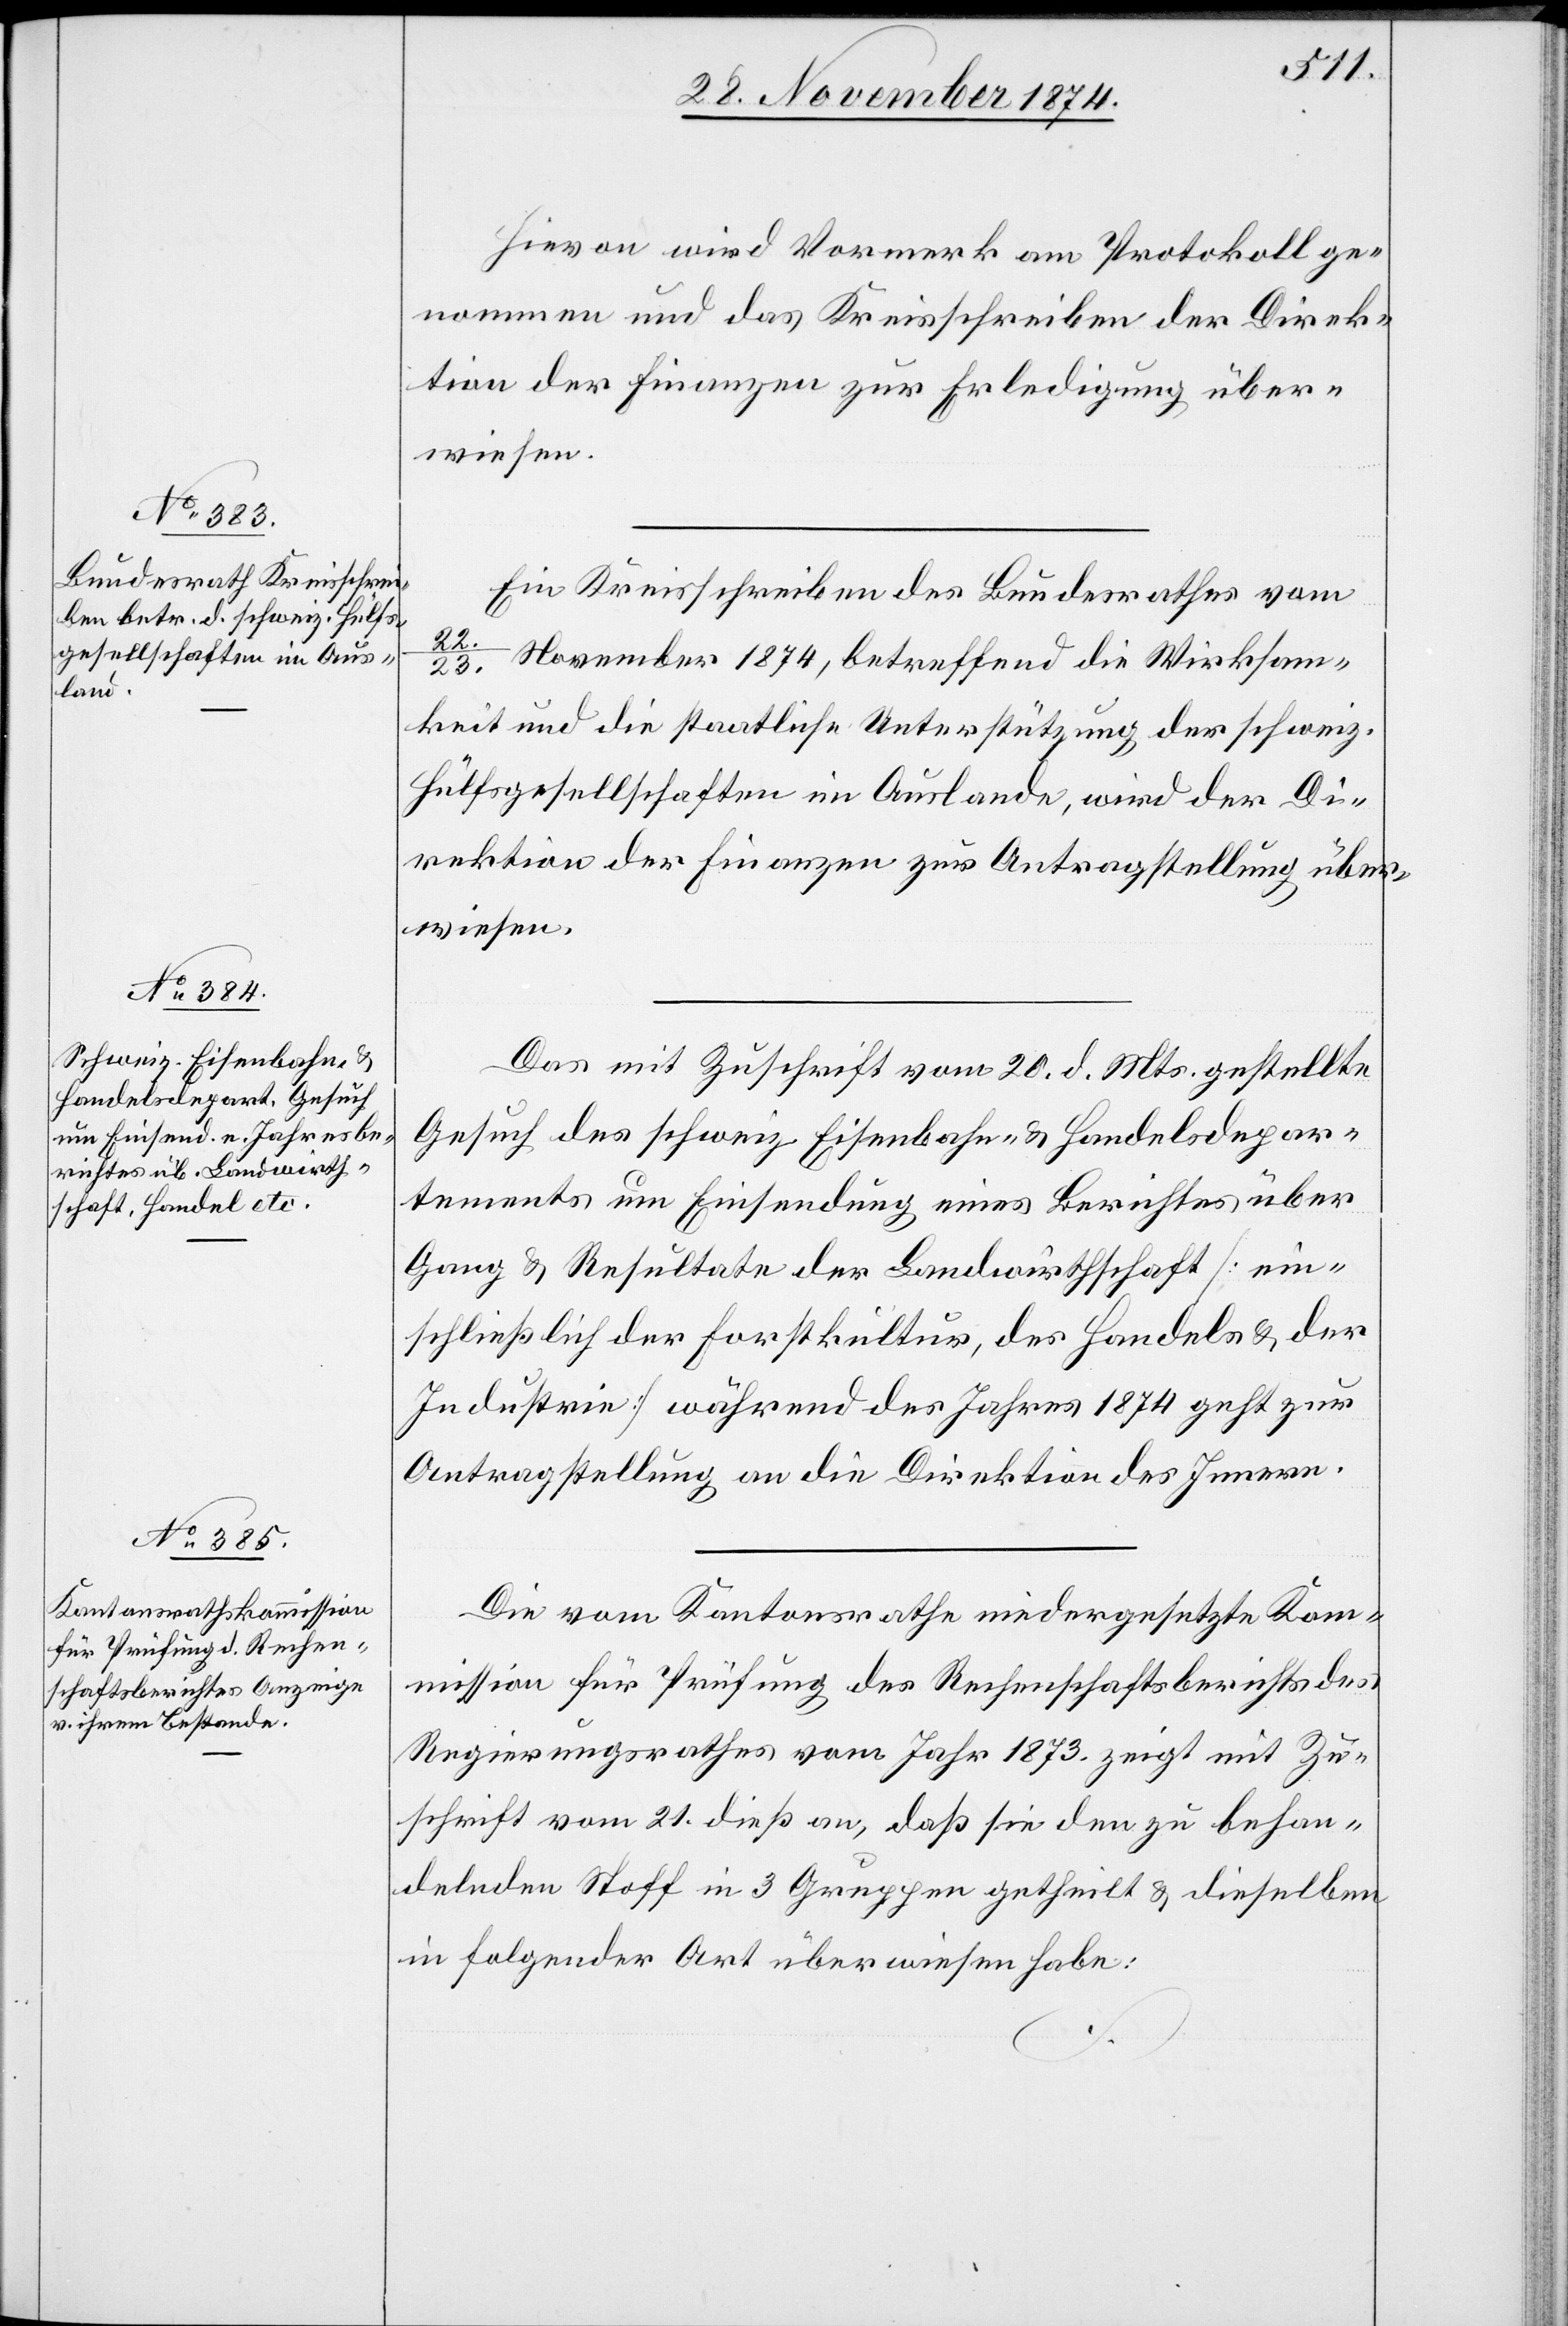
Hievon wird Vormerk am Protokoll ge¬
nommen und das Kreisschreiben der Direk¬
tion der Finanzen zur Erledigung über¬
wiesen.
Ein Kreisschreiben des Bundesrathes vom
22./23. November 1874, betreffend die Wirksam¬
keit und die staatliche Unterstützung der schweiz.
Hülfsgesellschaften im Auslande, wird der Di¬
rektion der Finanzen zur Antragstellung über¬
wiesen.
Das mit Zuschrift vom 20. d. Mts. gestellte
Gesuch des schweiz. Eisenbahn- & Handelsdepar¬
tements um Einsendung eines Berichtes über
Gang & Resultate der Landwirthschaft [ein¬
schließlich der Forstkultur, des Handels & der
Industrie] während des Jahres 1874 geht zur
Antragstellung an die Direktion des Innern.
Die vom Kantonsrathe niedergesetzte Kom¬
mission für Prüfung des Rechenschaftsberichts des
Regierungsrathes vom Jahr 1873 zeigt mit Zu¬
schrift vom 21. dieß an, daß sie den zu behan¬
delnden Stoff in 3 Gruppen getheilt & dieselben
in folgender Art überwiesen habe: